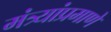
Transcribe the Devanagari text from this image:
मंत्र्यांप्रमाणे